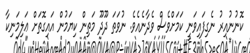
ކޮނުނުއިރު ނެގިފައިވަނީ ކަމަށްވެސް ވެދާނެއެވެ. ނުވަތަ ދޫދޫ މަތިން ކިޔަމުން އައިގޮތަށް ޢަލިމަނިކާ